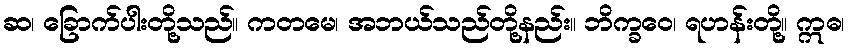
ဆ၊ ခြောက်ပါးတို့သည်။ ကတမေ၊ အဘယ်သည်တို့နည်း။ ဘိက္ခဝေ၊ ရဟန်းတို့။ ဣဓ၊